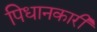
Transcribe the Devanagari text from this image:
पिधानकारी